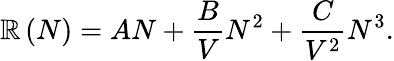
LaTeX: \mathbb{R}\left(N\right)=AN+\frac{{B}}{{V}}N^{2}+\frac{{C}}{{V^{2}}}N^{3}.